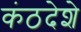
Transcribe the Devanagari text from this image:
कंठदेशे